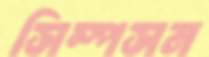
সিম্পসন